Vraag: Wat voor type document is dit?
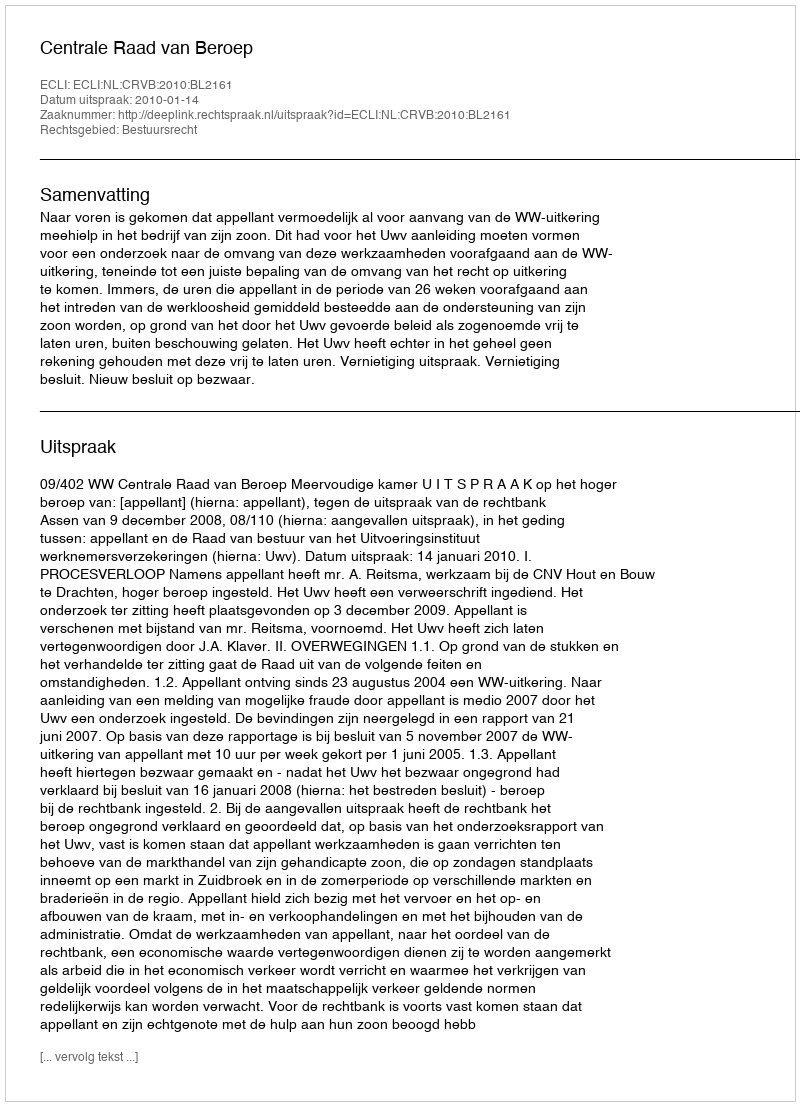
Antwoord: Uitspraak